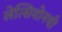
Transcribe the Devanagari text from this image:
लेत्सियोनची